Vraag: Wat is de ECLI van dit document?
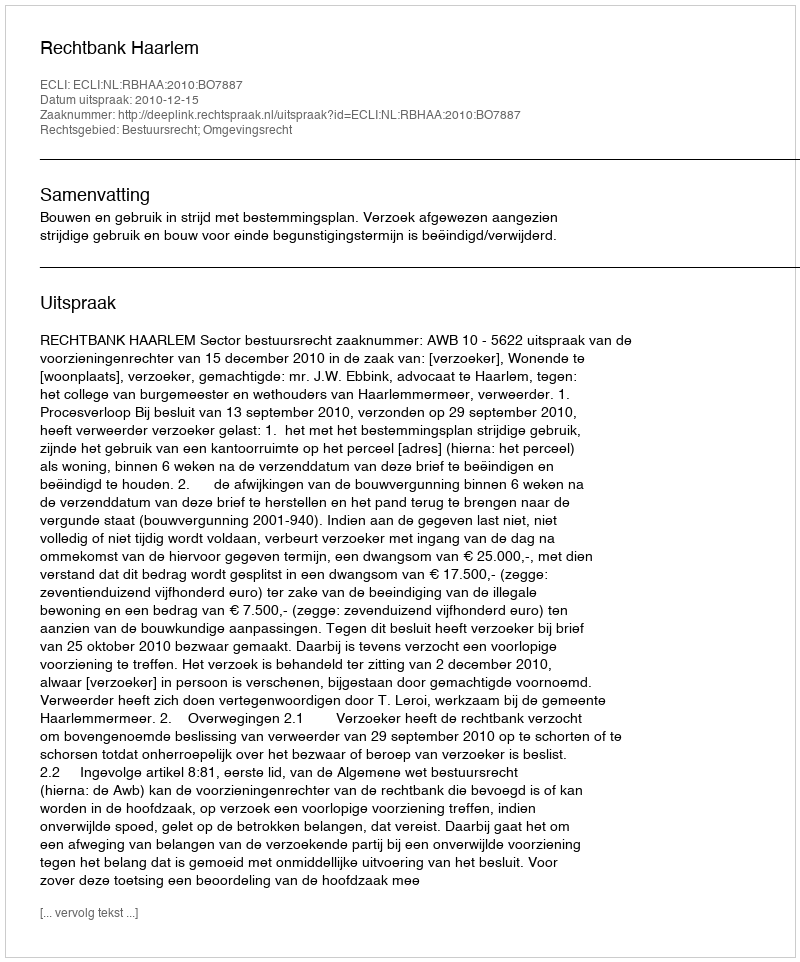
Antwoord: ECLI:NL:RBHAA:2010:BO7887